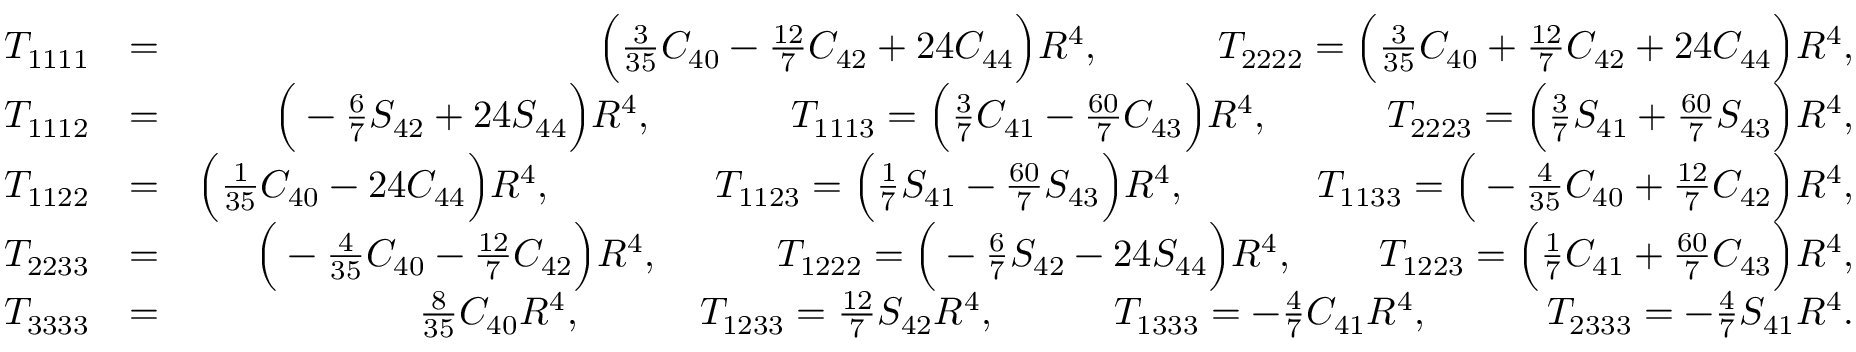
\begin{array} { r l r } { { \cal T } _ { 1 1 1 1 } } & { = } & { \Big ( { \textstyle \frac { 3 } { 3 5 } } C _ { 4 0 } - { \textstyle \frac { 1 2 } { 7 } } C _ { 4 2 } + 2 4 C _ { 4 4 } \Big ) R ^ { 4 } , \qquad \quad { \cal T } _ { 2 2 2 2 } = \Big ( { \textstyle \frac { 3 } { 3 5 } } C _ { 4 0 } + { \textstyle \frac { 1 2 } { 7 } } C _ { 4 2 } + 2 4 C _ { 4 4 } \Big ) R ^ { 4 } , } \\ { { \cal T } _ { 1 1 1 2 } } & { = } & { \Big ( - { \textstyle \frac { 6 } { 7 } } S _ { 4 2 } + 2 4 S _ { 4 4 } \Big ) R ^ { 4 } , \qquad \quad ~ \, { \cal T } _ { 1 1 1 3 } = \Big ( { \textstyle \frac { 3 } { 7 } } C _ { 4 1 } - { \textstyle \frac { 6 0 } { 7 } } C _ { 4 3 } \Big ) R ^ { 4 } , \qquad \quad { \cal T } _ { 2 2 2 3 } = \Big ( { \textstyle \frac { 3 } { 7 } } S _ { 4 1 } + { \textstyle \frac { 6 0 } { 7 } } S _ { 4 3 } \Big ) R ^ { 4 } , } \\ { { \cal T } _ { 1 1 2 2 } } & { = } & { \Big ( { \textstyle \frac { 1 } { 3 5 } } C _ { 4 0 } - 2 4 C _ { 4 4 } \Big ) R ^ { 4 } , \qquad \quad ~ ~ ~ \, { \cal T } _ { 1 1 2 3 } = \Big ( { \textstyle \frac { 1 } { 7 } } S _ { 4 1 } - { \textstyle \frac { 6 0 } { 7 } } S _ { 4 3 } \Big ) R ^ { 4 } , \qquad \quad \, \, { \cal T } _ { 1 1 3 3 } = \Big ( - { \textstyle \frac { 4 } { 3 5 } } C _ { 4 0 } + { \textstyle \frac { 1 2 } { 7 } } C _ { 4 2 } \Big ) R ^ { 4 } , } \\ { { \cal T } _ { 2 2 3 3 } } & { = } & { \Big ( - { \textstyle \frac { 4 } { 3 5 } } C _ { 4 0 } - { \textstyle \frac { 1 2 } { 7 } } C _ { 4 2 } \Big ) R ^ { 4 } , \qquad \quad { \cal T } _ { 1 2 2 2 } = \Big ( - { \textstyle \frac { 6 } { 7 } } S _ { 4 2 } - 2 4 S _ { 4 4 } \Big ) R ^ { 4 } , \qquad \, { \cal T } _ { 1 2 2 3 } = \Big ( { \textstyle \frac { 1 } { 7 } } C _ { 4 1 } + { \textstyle \frac { 6 0 } { 7 } } C _ { 4 3 } \Big ) R ^ { 4 } , } \\ { { \cal T } _ { 3 3 3 3 } } & { = } & { { \textstyle \frac { 8 } { 3 5 } } C _ { 4 0 } R ^ { 4 } , \qquad \quad { \cal T } _ { 1 2 3 3 } = { \textstyle \frac { 1 2 } { 7 } } S _ { 4 2 } R ^ { 4 } , \qquad \quad { \cal T } _ { 1 3 3 3 } = - { \textstyle \frac { 4 } { 7 } } C _ { 4 1 } R ^ { 4 } , \qquad \quad { \cal T } _ { 2 3 3 3 } = - { \textstyle \frac { 4 } { 7 } } S _ { 4 1 } R ^ { 4 } . } \end{array}